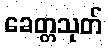
ခေတ္တသုတ်